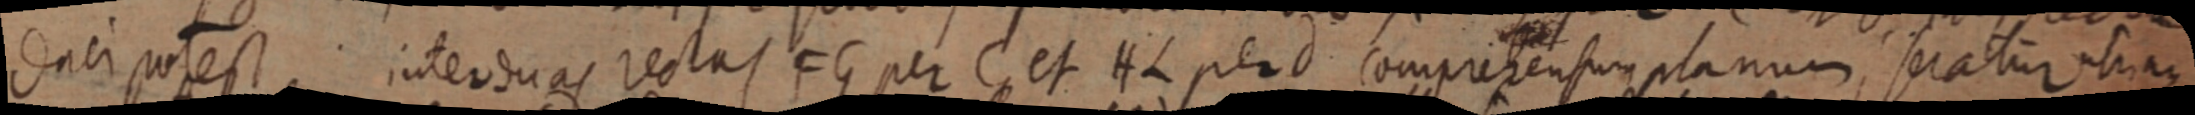
duci potest inter duas rectas CG per C et HL perd comprehensum planum seratur utrinque